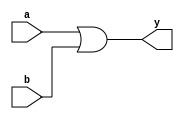
//data flow level modeling of or gate
module ordlvl(output y, input a,b);
assign y = a | b;
endmodule